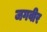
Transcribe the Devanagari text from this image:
जगवीर